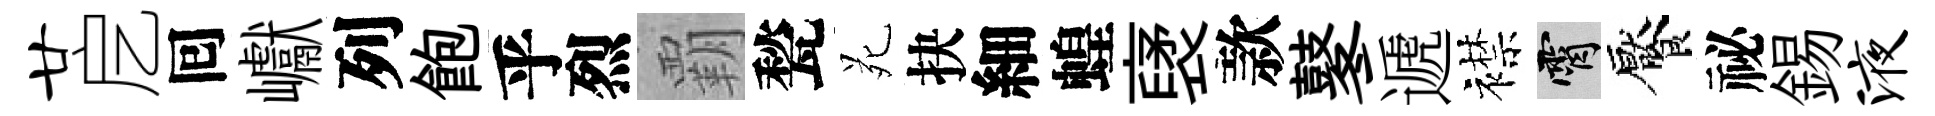
廿戹囘巘列飽乎烈覇甃苑抉細蝗裦款鼕遞襟霄饜祕錫液